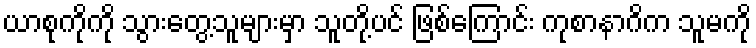
ယာစုကိုကို သွားတွေ့သူများမှာ သူတို့ပင် ဖြစ်ကြောင်း ကုစာနာဂိက သူမကို